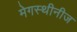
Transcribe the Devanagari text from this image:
मेगस्थीनीज